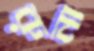
রুনা